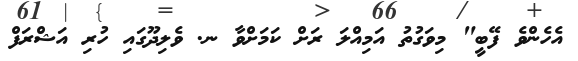
އެހެންވެ ފޭބީ" މިވަގުތު އަމިއްލަ ރަށްް ކަމަށްވާ ނ. ވެލިދޫގައި ހުރި އަޝްރަފް